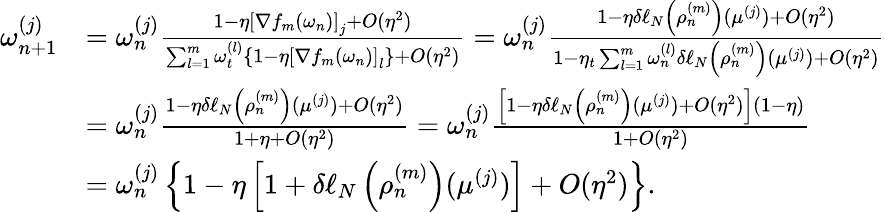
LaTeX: \begin{array}{rl}{\omega_{n+1}^{(j)}}&{=\omega_{n}^{(j)}\frac{1-\eta\left[\nabla f_{m}\left(\omega_{n}\right)\right]_{j}+O(\eta^{2})}{\sum_{l=1}^{m}\omega_{t}^{(l)}\left\{ 1-\eta\left[\nabla f_{m}\left(\omega_{n}\right)\right]_{l}\right\} +O(\eta^{2})}=\omega_{n}^{(j)}\frac{1-\eta\delta\ell_{N}\left(\rho_{n}^{(m)}\right)(\mu^{(j)})+O(\eta^{2})}{1-\eta_{t}\sum_{l=1}^{m}\omega_{n}^{(l)}\delta\ell_{N}\left(\rho_{n}^{(m)}\right)(\mu^{(j)})+O(\eta^{2})}}\\ &{=\omega_{n}^{(j)}\frac{1-\eta\delta\ell_{N}\left(\rho_{n}^{(m)}\right)(\mu^{(j)})+O(\eta^{2})}{1+\eta+O(\eta^{2})}=\omega_{n}^{(j)}\frac{\left[1-\eta\delta\ell_{N}\left(\rho_{n}^{(m)}\right)(\mu^{(j)})+O(\eta^{2})\right]\left(1-\eta\right)}{1+O(\eta^{2})}}\\ &{=\omega_{n}^{(j)}\left\{ 1-\eta\left[1+\delta\ell_{N}\left(\rho_{n}^{(m)}\right)(\mu^{(j)})\right]+O(\eta^{2})\right\} .}\end{array}